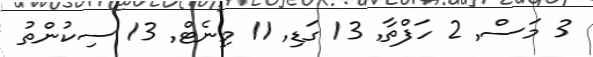
3 މަސް